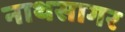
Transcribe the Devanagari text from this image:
नाथसागर